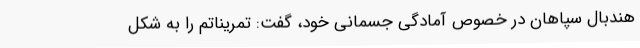
هندبال سپاهان در خصوص آمادگی جسمانی خود، گفت: تمریناتم را به شکل